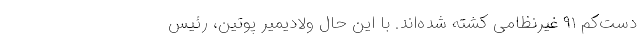
دست‌کم ۹۱ غیرنظامی کشته شده‌اند. با این حال ولادیمیر پوتین، رئیس